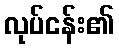
လုပ်ငန်း၏